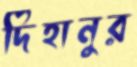
দিহানুর